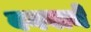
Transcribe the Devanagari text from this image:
बगवाने